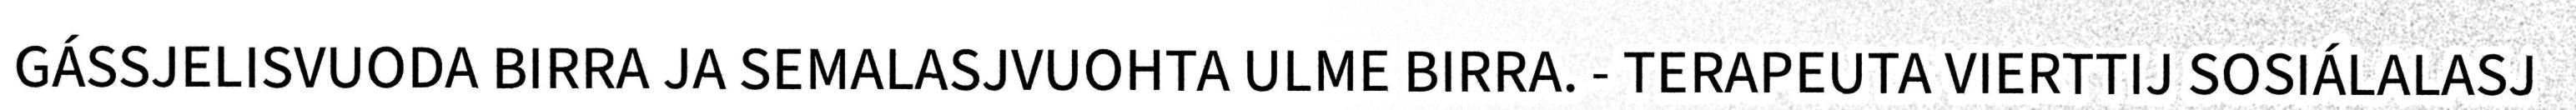
GÁSSJELISVUODA BIRRA JA SEMALASJVUOHTA ULME BIRRA. - TERAPEUTA VIERTTIJ SOSIÁLALASJ